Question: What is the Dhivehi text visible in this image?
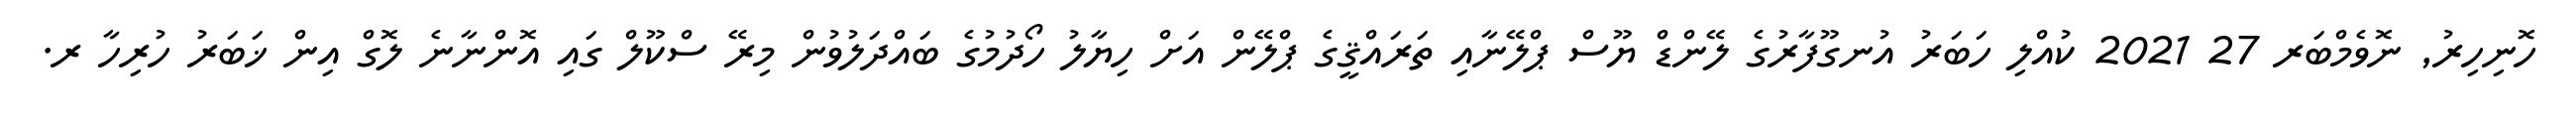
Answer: ހޮނިހިރު, ނޮވެމްބަރ 27 2021 ކުއްލި ހަބަރު އުނގޫފާރުގެ ލޭންޑް ޔޫސް ޕްލޭނާއި ތަރައްޤީގެ ޕްލޭން އަށް ހިޔާލު ހޯދުމުގެ ބައްދަލުވުން މިރޭ ސްކޫލް ގައި އޮންނާނެ ލޮގް އިން ޚަބަރު ހުރިހާ ރ.